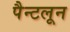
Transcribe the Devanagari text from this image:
पैन्टलून